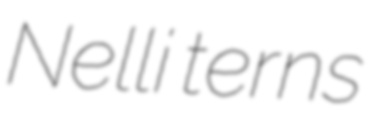
Nelli terns